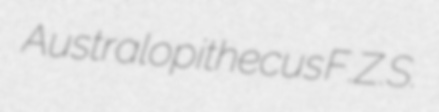
Australopithecus F.Z.S.